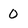
Character: 0